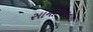
સામાજિકતાનો